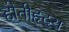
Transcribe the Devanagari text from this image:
होतीहृदय